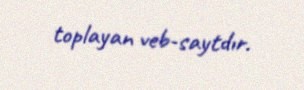
toplayan veb-saytdır.